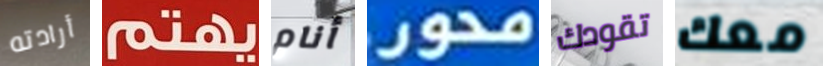
أرادته يهتم أنام محور تقودك معك